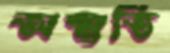
অস্মৃতি